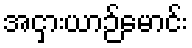
အငှားယာဉ်မောင်း